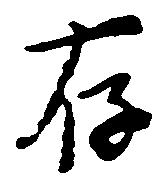
存